Report of the Indian Hemp Drugs Commission, 1894-1895 - Volume III
Year: 1894
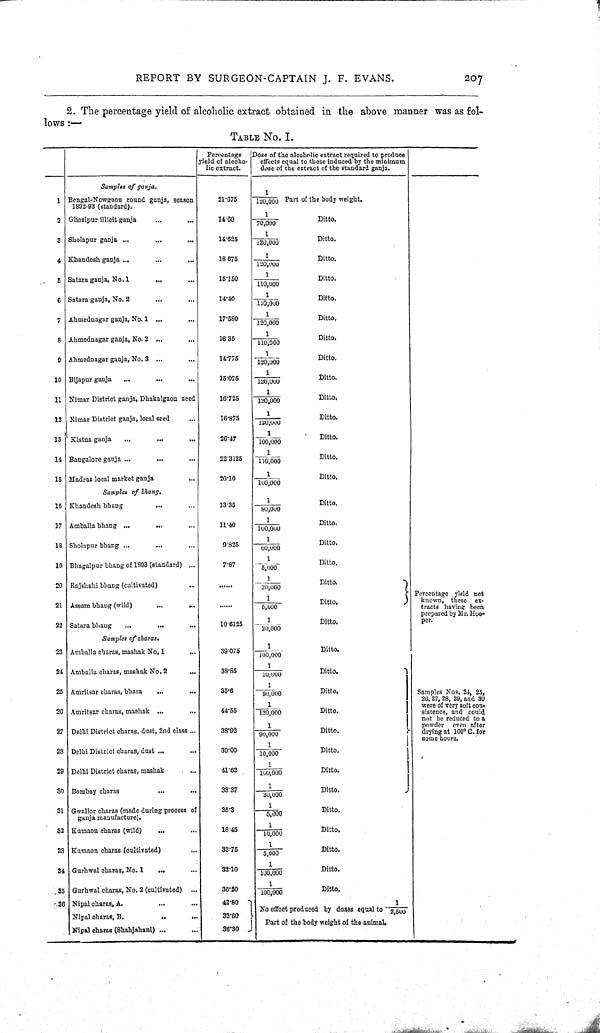
REPORT BY SURGEON-CAPTAIN J. F. EVANS.
207
2. The percentage yield of alcoholic extract obtained in the above manner was as fol-
lows:-
TABLE NO. I.
Percentage
yield of alcoho-
lic extract.
Dose of the alcoholic extract required to produce
effects equal to those induced by the minimum
dose of the extract of the standard ganja.
Samples of ganja.
1 Bengal-Nowgaon round ganja, season
1892-03 (standard).
21.675
1
120,000 Part of the body weight.
2 Ghazipur illicit ganja
14-80
1
70,000
Ditto.
3 Sholapur ganja
14.625
1
120,000
Ditto.
4 Khandesh ganja
18675
1
120,000
Ditto.
5 Satara ganja, No. 1
15.160
1
110,000
Ditto.
6 Satara ganja, No. 2
14.40
1
110,000
Ditto.
7 Ahmednagar ganja, No. 1
17.580
1
120,000
Ditto.
8 Ahmednagar ganja, No. 2
16.35
1
110,000
Ditto.
9 Ahmednagar ganja, No. 3
14.775
1
120,000
Ditto.
10 Bijapur ganja
15.075
1
120,000
Ditto.
11 Nimar District ganja, Dhakalgaon seed
16.725
1
120,000
Ditto.
12 Nimar District ganja, local seed
16.875
1
120,000
Ditto.
13 Kistna ganja
26.47
1
100,000
Ditto.
14 Bangalore ganja ...
22.3125
1
110,000
Ditto.
15 Madras local market ganja
20.10
1
100,000
Ditto.
Sample of bhang.
16 Khandesh bhang
13.35
1
80,000
Ditto.
17 Amballa bhang ...
11.40
1
100,000
Ditto.
18 Sholapur bhang ...
9.825
1
60,000
Ditto.
19 Bhagalpur bhang of 1893 (standard)
7.87
1
5,000
Ditto.
20 Rajshahi bhang (cultivated)
1
20,000
Ditto.
21 Assam bhang (wild)
1
5,000
Ditto.
Percentage yield not
known, these ex.
tracts having been
prepared by Mr. Hoo-
per.
22 Satara bhang
10.6125
1
20,000
Ditto.
Percentage yield not
known, these ex.
tracts having been
prepared by Mr. Hoo-
per.
Samples of charas.
23 Amballa charas, mashak No. 1
39.075
1
100,000
Ditto.
24 Amballa charas, mashak No. 2
38.85
1
10,000
Ditto.
25 Amritsar charas, bhara
35.6
1
90,000
Ditto.
Samples NOS. 24, 25,
26,27, 28, 29, and 30
were of very soft con-
sistence, and could
not be reduced to a
powder even after
drying at 100°C. for
some hours.
20 Amritsar charas, mashak
44.55
1
120,000
Ditto.
Samples NOS. 24, 25,
26,27, 28, 29, and 30
were of very soft con-
sistence, and could
not be reduced to a
powder even after
drying at 100°C. for
some hours.
27 Delhi District charas, dust, 2nd class
38.92
1
90,000
Ditto.
Samples NOS. 24, 25,
26,27, 28, 29, and 30
were of very soft con-
sistence, and could
not be reduced to a
powder even after
drying at 100°C. for
some hours.
28 Delhi District charas, dust
39.00
1
10,000
Ditto.
Samples NOS. 24, 25,
26,27, 28, 29, and 30
were of very soft con-
sistence, and could
not be reduced to a
powder even after
drying at 100°C. for
some hours.
20 Delhi District charas, mashak
41.62
1
100,000
Ditto.
30 Bombay charas
33.37
1
20,000
Ditto.
31 Gwalior charas (made during process of
ganja manufacture).
35.3
1
5,000
Ditto.
32 Kumaon charas (wild)
18.45
1
10,000
Ditto.
33 Kumaon charas (cultivated)
33.75
1
5,000
Ditto.
34 Gurhwal charas, No. 1
32.10
1
100.000
Ditto.
35 Gurhwal charas, No. 2 (cultivated)
36.20
1
100,000
Ditto.
36 Nipal charas, A.
42.80
No effect produced by doses equal to 1/2,500
Nipal charas, B.
32.60
No effect produced by doses equal to 1/2,500
Nipal charas, B.
32.60
Part of the body weight of the animal.
Nipal charas (Shahjahani)
36.80
Part of the body weight of the animal.